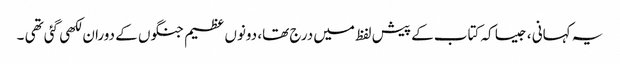
یہ کہانی ، جیسا کہ کتاب کے پیش لفظ میں درج تھا، دونوں عظیم جنگوں کے دوران لکھی گئی تھی ۔